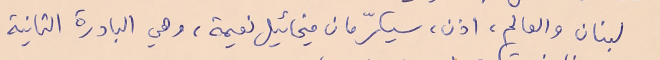
لبنان والعالم، اذن سيكرّمان ميخائيل نعيمة، وهي البادرة الثانية